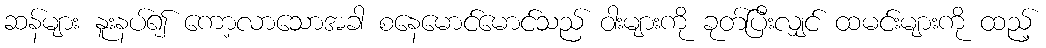
ဆန်များ နူးနပ်၍ ကော့လာသောအခါ စနေမောင်မောင်သည် ဝါးများကို ခုတ်ပြီးလျှင် ထမင်းများကို ထည့်